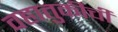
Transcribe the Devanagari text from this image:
वहातुकीची